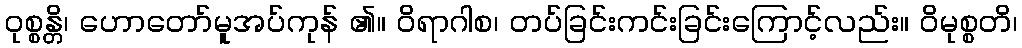
ဝုစ္စန္တိ၊ ဟောတော်မူအပ်ကုန် ၏။ ဝိရာဂါစ၊ တပ်ခြင်းကင်းခြင်းကြောင့်လည်း။ ဝိမုစ္စတိ၊